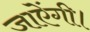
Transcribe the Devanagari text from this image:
जाऐंगी।